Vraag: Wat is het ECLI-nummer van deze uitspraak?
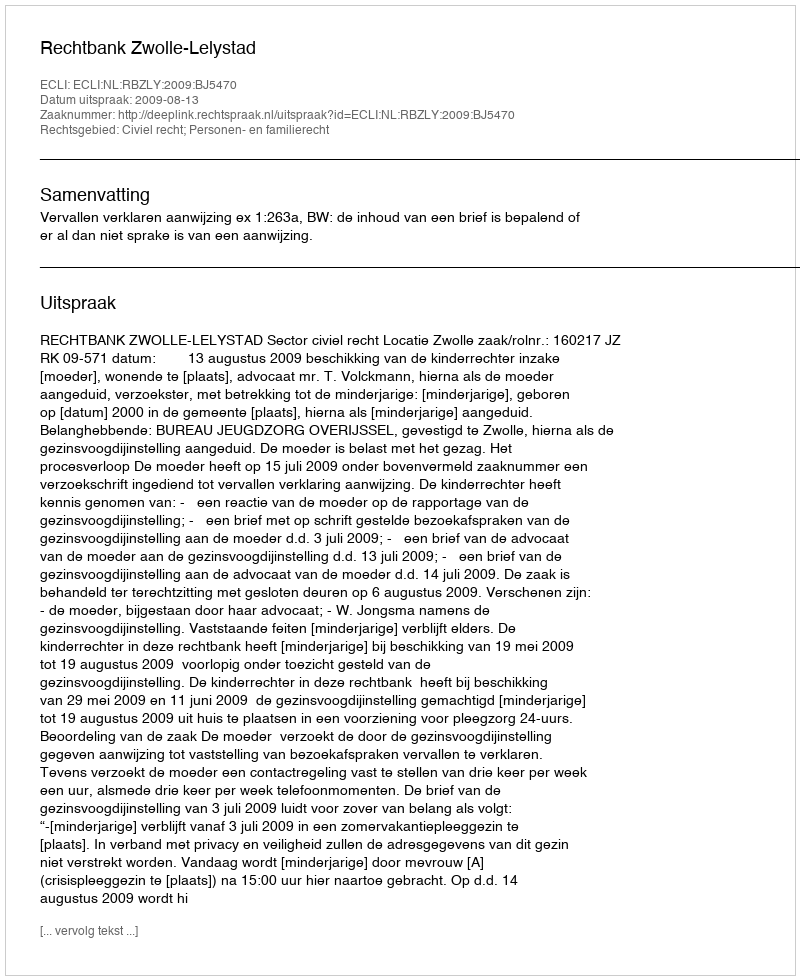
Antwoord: ECLI:NL:RBZLY:2009:BJ5470